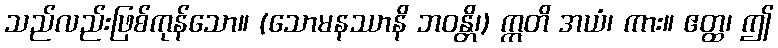
သည်လည်းဖြစ်ကုန်သော။ (သောမနဿာနိ ဘဝန္တိ၊) ဣတိ အယံ၊ ကား။ ဧတ္ထ၊ ဤ